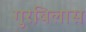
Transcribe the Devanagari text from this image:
गुरबिलास